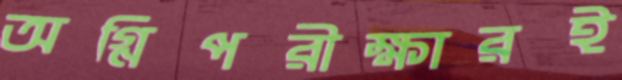
অগ্নিপরীক্ষারই